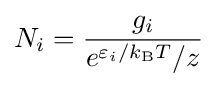
N_{i}={\frac {g_{i}}{e^{\varepsilon _{i}/k_{\text{B}}T}/z}}